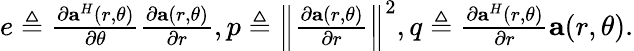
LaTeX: \begin{array}{r}{e\triangleq\frac{{\partial{{\mathbf{a}}^{H}}(r,\theta)}}{{\partial\theta}}\frac{{\partial{\mathbf{a}}(r,\theta)}}{{\partial r}},p\triangleq{\left\| {\frac{{\partial{\mathbf{a}}(r,\theta)}}{{\partial r}}}\right\| ^{2}},q\triangleq\frac{{\partial{{\mathbf{a}}^{H}}(r,\theta)}}{{\partial r}}{\mathbf{a}}(r,\theta).}\end{array}